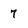
Character: 7